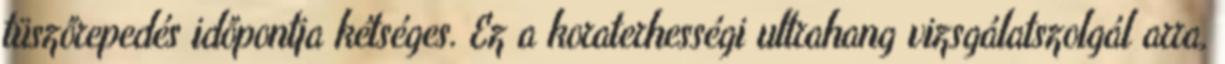
tüszőrepedés időpontja kétséges. Ez a koraterhességi ultrahang vizsgálatszolgál arra,